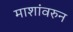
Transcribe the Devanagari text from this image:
माशांवरुन